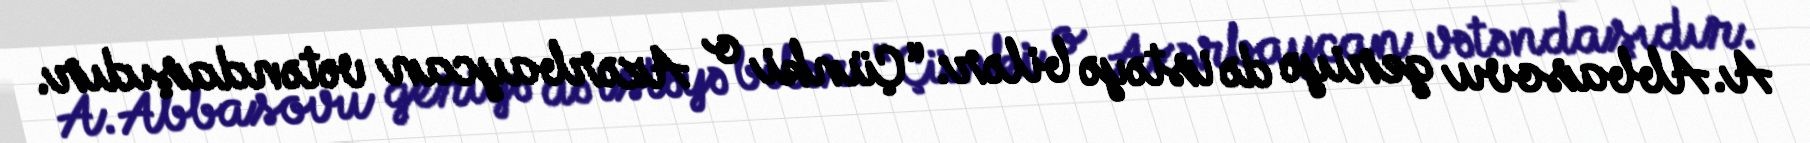
A.Abbasovu geriyə də istəyə bilər: “Çünki o Azərbaycan vətəndaşıdır.